Scottish Leaving Certificate Examination, 1958
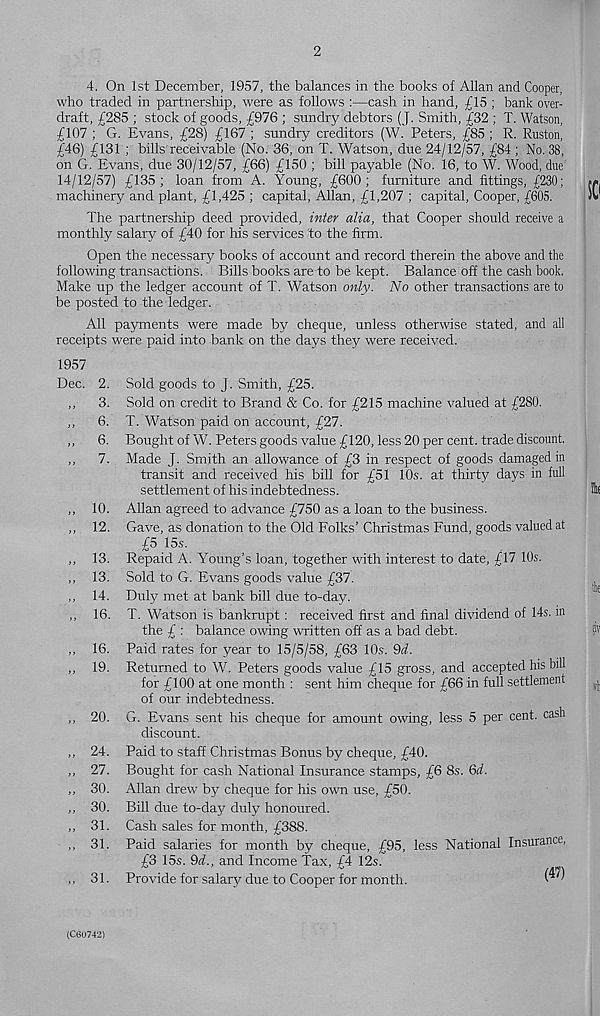
4. On 1st December, 1957, the balances in the books of Allan and Cooper,
who traded in partnership, were as follows :—cash in hand, £15 ; bank over-
draft, £285 ; stock of goods, £976 ; sundry debtors (J. Smith, £32 ; T. Watson,
£107 ; G. Evans, £28) £167 ; sundry creditors (W. Peters, £85 ; R. Ruston,
£46) £131 ; bills'receivable (No. 36, on T. Watson, due 24/12/57, £84 ; No. 38,
on G. Evans, due 30/12/57, £66) £150 ; bill payable (No. 16, to W. Wood, due
14/12/57) £135; loan from A. Young, £600; furniture and fittings, £230;
machinery and plant, £1,425 ; capital, Allan, £1,207 ; capital. Cooper, £605.
The partnership deed provided, inter alia, that Cooper should receive a
monthly salary of £40 for his services to the firm.
Open the necessary books of account and record therein the above and the
following transactions. Bills books are to be kept. Balance off the cash book.
Make up the ledger account of T. Watson only. No other transactions are to
be posted to the ledger.
All payments were made by cheque, unless otherwise stated, and all
receipts were paid into bank on the days they were received.
1957
Dec. 2.
„ 3.
„ 6.
„ 6.
„ 7.
„ 10.
„ 12.
„ 13.
„ 13.
„ 14.
,, 16.
„ 16.
„ 19.
„ 20.
„ 24.
„ 27.
„ 30.
„ 30.
„ 31.
„ 31.
,, 31.
Sold goods to j. Smith, £25.
Sold on credit to Brand & Co. for £215 machine valued at £280.
T. Watson paid on account, £27.
Bought of W. Peters goods value £120, less 20 per cent, trade discount.
Made J. Smith an allowance of £3 in respect of goods damaged in
transit and received his bill for £51 10s. at thirty days in full
settlement of his indebtedness.
Allan agreed to advance £750 as a loan to the business.
Gave, as donation to the Old Folks’ Christmas Fund, goods valued at
£5 15s.
Repaid A. Young’s loan, together with interest to date, £17 10s.
Sold to G. Evans goods value £37.
Duly met at bank bill due to-day.
T. Watson is bankrupt: received first and final dividend of 14s. m
the £ : balance owing written off as a bad debt.
Paid rates for year to 15/5/58, £63 10s. 9d.
Returned to W. Peters goods value £15 gross, and accepted his bill
for £100 at one month : sent him cheque for £66 in full settlement
of our indebtedness.
G. Evans sent his cheque for amount owing, less 5 per cent, cash
discount.
Paid to staff Christmas Bonus by cheque, £40.
Bought for cash National Insurance stamps, £6 8s. Qd.
Allan drew by cheque for his own use, £50.
Bill due to-day duly honoured.
Cash sales for month, £388.
Paid salaries for month by cheque, £95, less National Insurance,
£3 15s. 9d., and Income Tax, £4 12s.
Provide for salarj/ due to Cooper for month.
(CGU742)